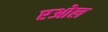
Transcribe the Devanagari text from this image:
एओल